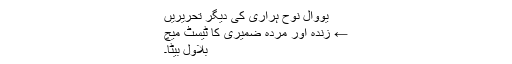
یووال نوح ہراری کی دیگر تحریریں
← زندہ اور مردہ ضمیری کا ٹیسٹ میچ
بلاول بیٹا۔